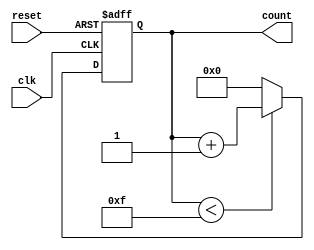
module parameterized_counter #(
    parameter WIDTH = 4,               // Default width of the counter
    parameter MAX_COUNT = (1 << WIDTH) - 1 // Default max count based on WIDTH
)(
    input wire clk,                     // Clock input
    input wire reset,                   // Asynchronous reset input
    output reg [WIDTH-1:0] count        // Current count output
);

    // Initialize the count to zero
    initial begin
        count = 0;
    end

    // Always block for counting logic
    always @(posedge clk or posedge reset) begin
        if (reset) begin
            count <= 0;                  // Reset the counter to zero
        end else if (count < MAX_COUNT) begin
            count <= count + 1;          // Increment the counter
        end else begin
            count <= 0;                  // Wrap around to zero
        end
    end

endmodule